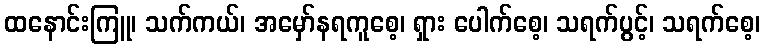
ထနောင်းကြူ၊ သက်ကယ်၊ အမှော်နရကူစေ့၊ ရှား ပေါက်စေ့၊ သရက်ပွင့်၊ သရက်စေ့၊